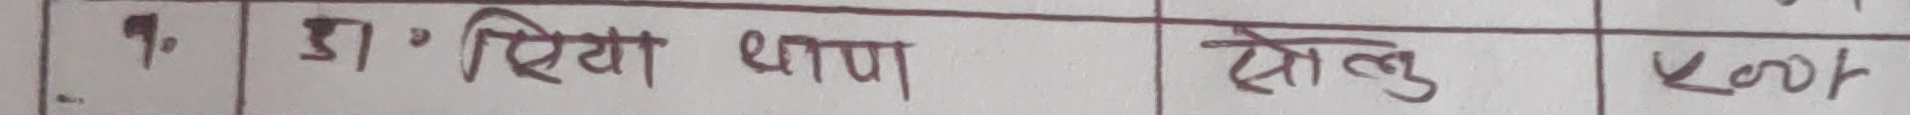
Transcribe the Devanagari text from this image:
१. डा. रिया थापा सोलु  ५००/-